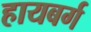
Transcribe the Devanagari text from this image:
हायबर्ग